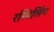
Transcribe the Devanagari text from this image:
रम्बिलिंग